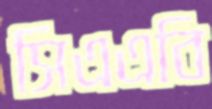
সিএএবি